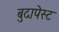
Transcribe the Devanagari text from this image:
बुदापेस्ट